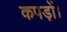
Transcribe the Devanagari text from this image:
कपड़ों।